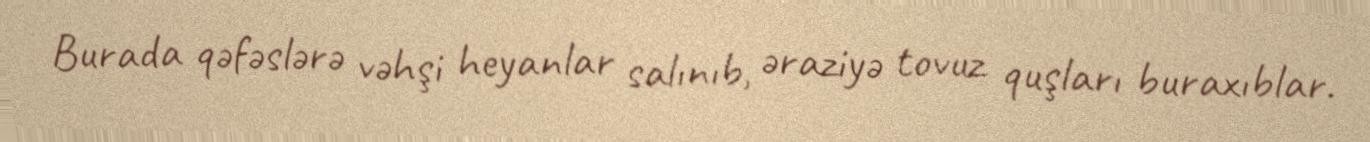
Burada qəfəslərə vəhşi heyanlar salınıb, əraziyə tovuz quşları buraxıblar.